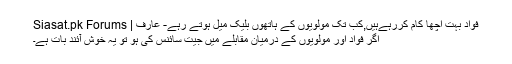
فواد بہت اچھا کام کررہےہیں,کب تک مولویوں کے ہاتھوں بلیک میل ہوتے رہے- عارف | Siasat.pk Forums
اگر فواد اور مولویوں کے درمیان مقابلے میں جیت سائنس کی ہو تو یہ خوش آئند بات ہے۔